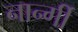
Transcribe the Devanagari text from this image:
नार्न्गी